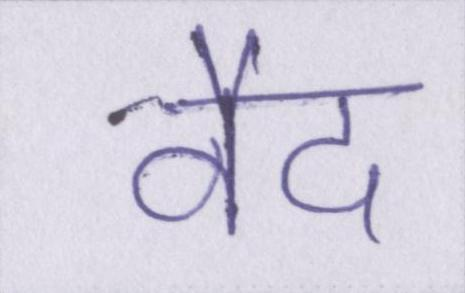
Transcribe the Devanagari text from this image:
वैद